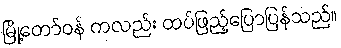
မြို့တော်ဝန် ကလည်း ထပ်ဖြည့်ပြောပြန်သည်။